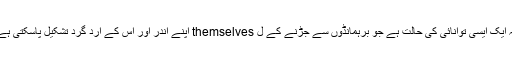
یہ ایک ایسی توانائی کی حالت ہے جو برہمانڈوں سے جڑنے کے ل themselves اپنے اندر اور اس کے ارد گرد تشکیل پاسکتی ہے۔